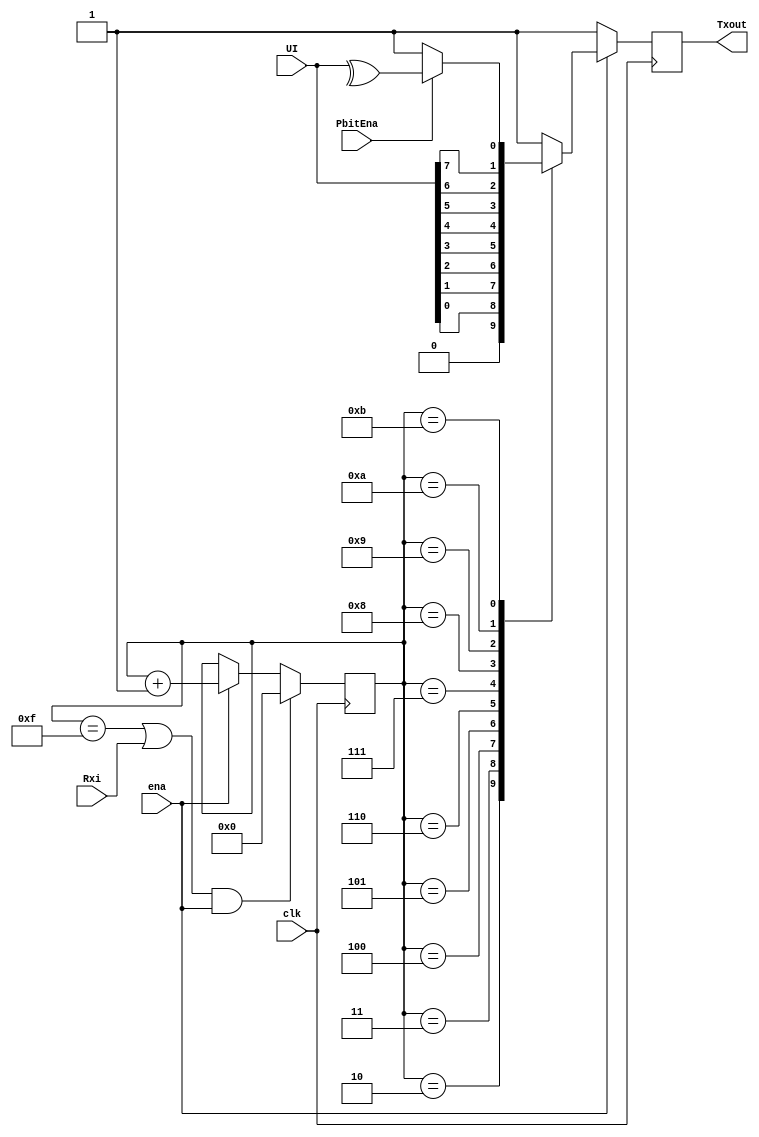
//UART Transmitter state machine that sends 1 bit at a time
module UART_Transmitter_FSM(
	input clk, //gets modified by the baud controller
	input ena,
	input PbitEna,
	input Rxi, //reset input signal from the receiver
	input [7:0]UI, //8 user inputs
	output reg Txout //transmitted UART signal with parity bit to the Receiver	
);	


	parameter Max_Cntr=4'd15; //max counter and the amount of bits that gets transmitted
	reg [3:0] Cntr = 4'd0; //initializes the counter
	wire Pbit; //parity bit net
	
	assign Pbit = (PbitEna)?^UI[7:0]:1'b1; //nets the parity bit
	
	always@(posedge clk) begin //counts to 15
		if((Cntr==Max_Cntr||Rxi)&&ena)
			Cntr <= 4'd0;
		else if(ena)
			Cntr <= Cntr+1'b1;
	end
	

	always@(posedge clk) begin //updates what gets outputted depending on counter
		if(~ena)
			Txout <= 1'b1;
		else
			case(Cntr)
				4'd2:Txout<=1'b0; //start bit
				4'd3:Txout<=UI[0]; //8-bits UI are the data bits
				4'd4:Txout<=UI[1];
				4'd5:Txout<=UI[2];
				4'd6:Txout<=UI[3];
				4'd7:Txout<=UI[4];
				4'd8:Txout<=UI[5];
				4'd9:Txout<=UI[6];
				4'd10:Txout<=UI[7];
				4'd11:Txout<=Pbit; //parity bit
				default:Txout<=1'b1; //Idle/Stop bits
			endcase
	end


endmodule